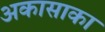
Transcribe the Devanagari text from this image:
अकासाका